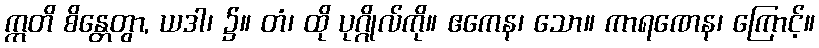
ဣတိ စိန္တေတွာ, ယဒါ၊ ၌။ တံ၊ ထို ပုဂ္ဂိုလ်ကို။ ဧကေန၊ သော။ ကာရဏေန၊ ကြောင့်။